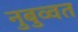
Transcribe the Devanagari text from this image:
नुबुव्वत